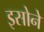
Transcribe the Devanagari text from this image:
इसोने